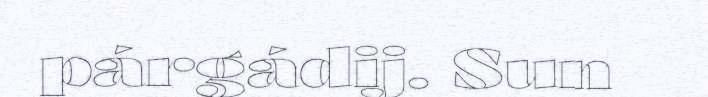
párgádij. Sun